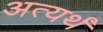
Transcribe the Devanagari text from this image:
अत्यर्थं